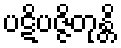
ပဋိပဇ္ဇိတုန္တိ